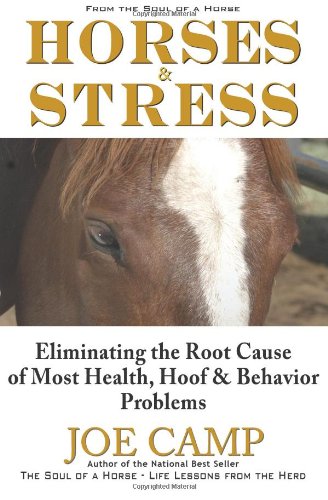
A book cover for Horses & Stress - Eliminating The Root Cause of Most Health, Hoof, and Behavior Problems: From The Soul of a Horse; Joe Camp; Medical Books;